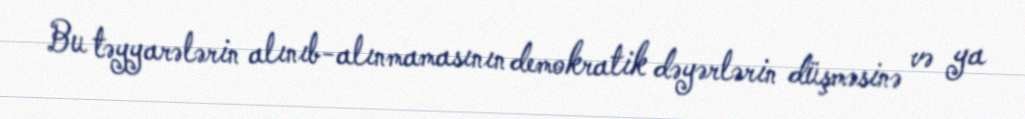
Bu təyyarələrin alınıb-alınmamasının demokratik dəyərlərin düşməsinə və ya